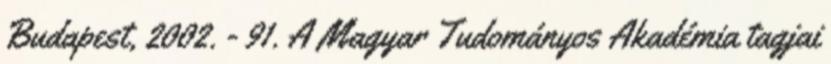
Budapest, 2002. - 91. A Magyar Tudományos Akadémia tagjai